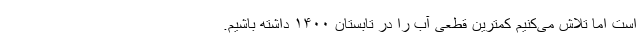
است اما تلاش می‌کنیم کمترین قطعی آب را در تابستان ۱۴۰۰ داشته باشیم.